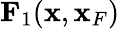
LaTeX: {\mathbf F}_{1}({\mathbf x},{\mathbf x}_{F})